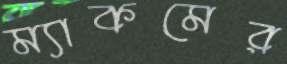
ম্যাকমের